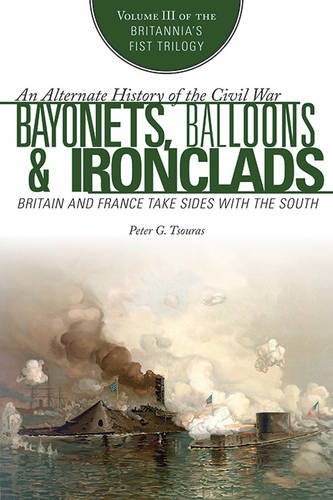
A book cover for Bayonets, Balloons & Ironclads: Britain and France Take Sides with the South (Britannia's First Trilogy); Peter G. Tsouras; Science Fiction & Fantasy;